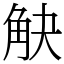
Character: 觖